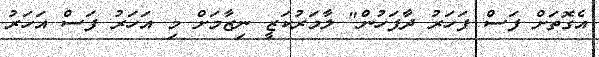
އެގޮތަށް ފަސް ފަހަރު ދާފަހުން" ލާމަރުކަޒީ ނިޒާމަށް މި އަހަރު ފަސް އަހަރު